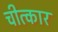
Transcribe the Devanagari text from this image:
चीत्‍कार